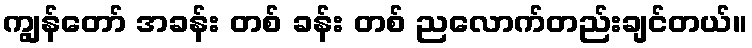
ကျွန်တော် အခန်း တစ် ခန်း တစ် ညလောက်တည်းချင်တယ်။